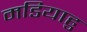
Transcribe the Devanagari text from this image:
मडियाहु